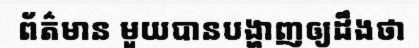
ព័ត៌មាន មួយបានបង្ហាញឲ្យដឹងថា